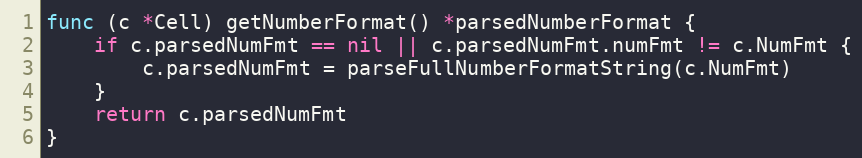
Language: Go
func (c *Cell) getNumberFormat() *parsedNumberFormat {
	if c.parsedNumFmt == nil || c.parsedNumFmt.numFmt != c.NumFmt {
		c.parsedNumFmt = parseFullNumberFormatString(c.NumFmt)
	}
	return c.parsedNumFmt
}